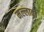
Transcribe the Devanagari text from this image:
मल्लादी